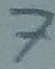
Text: 7